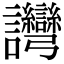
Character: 𬣗